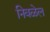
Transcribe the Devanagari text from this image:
निवळेल